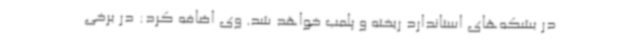
در بشکه‌های استاندارد ریخته و پلمب خواهد شد. وی اضافه کرد: در برخی